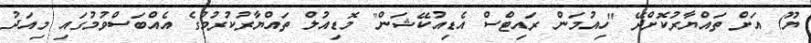
ޔޫ) އަށް ތައްޔާރުކޮށްދޭ "ހިއުމަން ރައިޓްސް އެޑިއުކޭޝަން" މޮޑިއުލް ތައްޔާރުކުރުމުގެ އެއްބަސްވުމުގައި މިއަދު